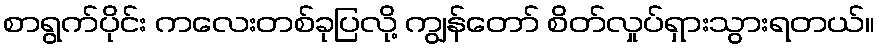
စာရွက်ပိုင်း ကလေးတစ်ခုပြလို့ ကျွန်တော် စိတ်လှုပ်ရှားသွားရတယ်။